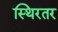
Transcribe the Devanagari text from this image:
स्थिरतर